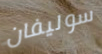
سوليفان